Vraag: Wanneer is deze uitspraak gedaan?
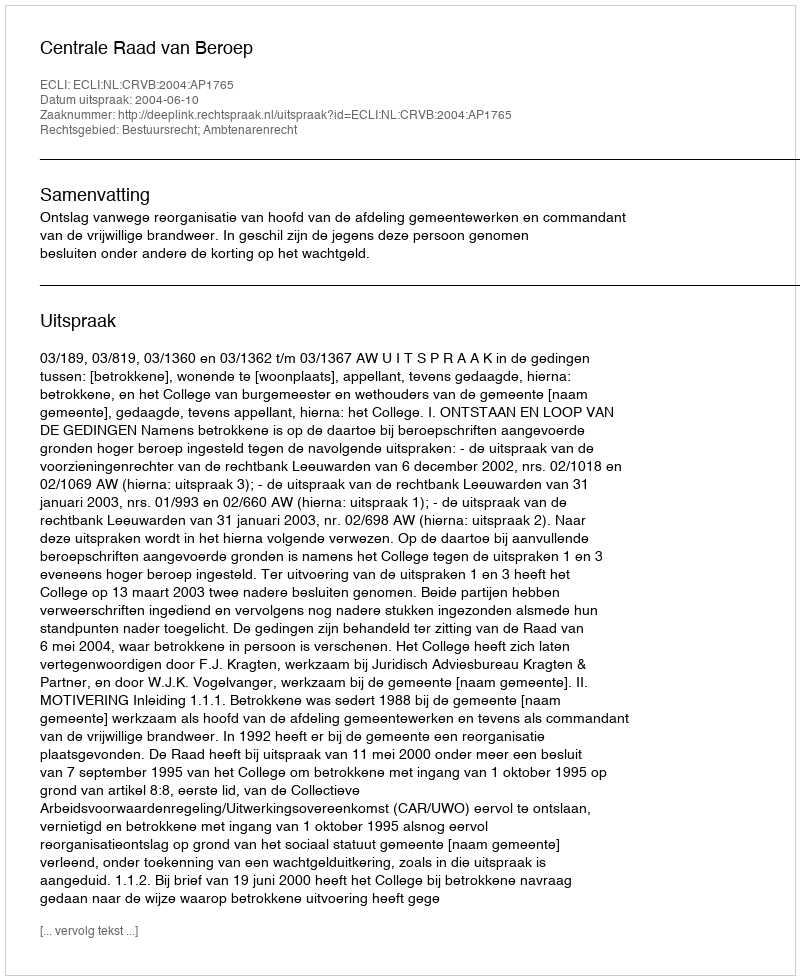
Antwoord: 2004-06-10